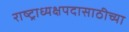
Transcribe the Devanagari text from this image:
राष्ट्राध्यक्षपदासाठीच्या